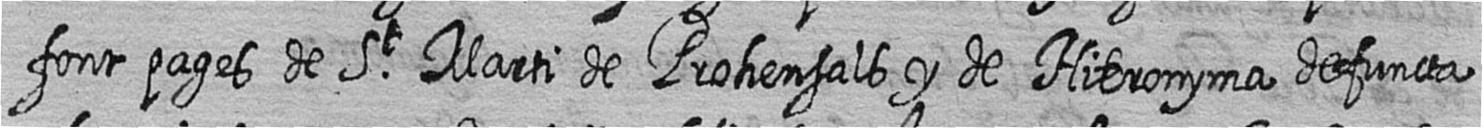
font pages de St Marti de Prohensals y de Hieronyma defuncta